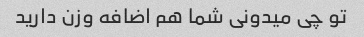
تو چی میدونی شما هم اضافه وزن دارید